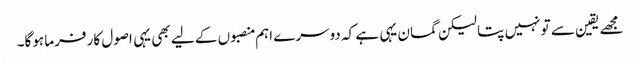
مجھے یقین سے تو نہیں پتا لیکن گمان یہی ہے کہ دوسرے اہم منصبوں کے لیے بھی یہی اصول کار فرما ہوگا۔